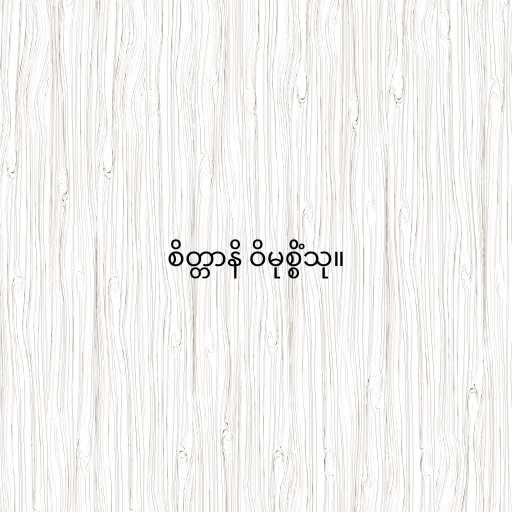
စိတ္တာနိ ဝိမုစ္စိံသု။